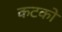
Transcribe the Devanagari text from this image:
कटको